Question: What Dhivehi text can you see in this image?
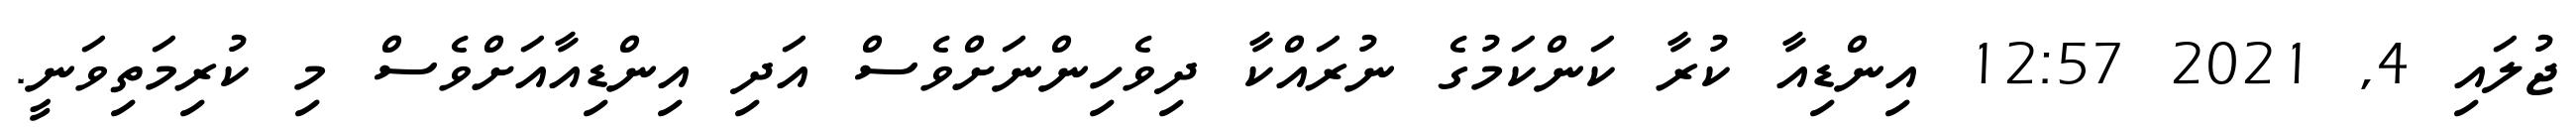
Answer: ޖުލައި 4, 2021 12:57 އިންޑިއާ ކުރާ ކަންކަމުގެ ނުރައްކާ ދިވެހިންނަށްވެސް އަދި އިންޑިއާއަށްވެސް މި ކުރިމަތިވަނީ.